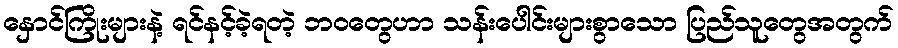
နှောင်ကြိုးများနဲ့ ရင်နင့်ခဲ့ရတဲ့ ဘဝတွေဟာ သန်းပေါင်းများစွာသော ပြည်သူတွေအတွက်